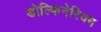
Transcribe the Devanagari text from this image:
डोल्फिनेरियम